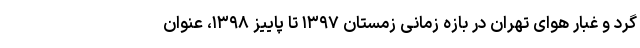
گرد و غبار هوای تهران در بازه زمانی زمستان ۱۳۹۷ تا پاییز ۱۳۹۸، عنوان